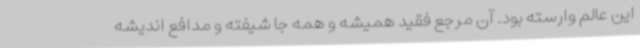
این عالم وارسته بود. آن مرجع فقید همیشه و همه جا شیفته و مدافع اندیشه